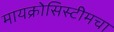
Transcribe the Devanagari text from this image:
मायक्रोसिस्टीमचा